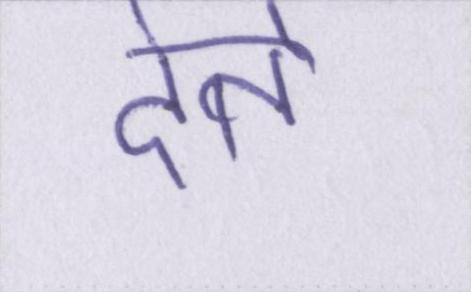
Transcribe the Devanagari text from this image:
देते